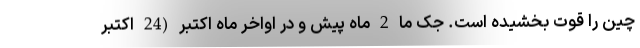
چین را قوت بخشیده است. جک ما 2 ماه پیش و در اواخر ماه اکتبر (24 اکتبر